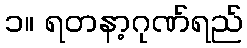
၁။ ရတနာ့ဂုဏ်ရည်